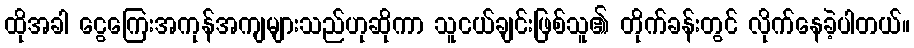
ထိုအခါ ငွေကြေးအကုန်အကျများသည်ဟုဆိုကာ သူငယ်ချင်းဖြစ်သူ၏ တိုက်ခန်းတွင် လိုက်နေခဲ့ပါတယ်။